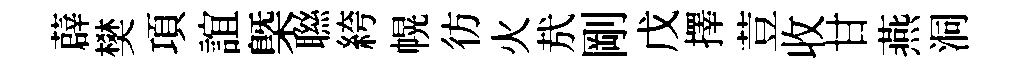
薜樊項誼槩聮絝幌彷火㢤剛戊擇荳收甘燕洞